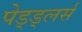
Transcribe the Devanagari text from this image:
पेड्ड्लर्स